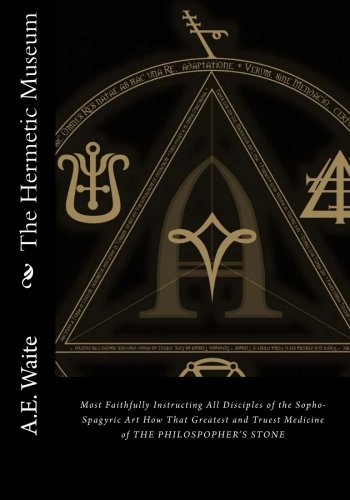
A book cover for The Hermetic Museum; A.E. Waite; Religion & Spirituality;